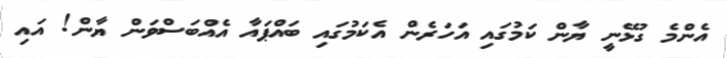
އެންމެ ގުޅޭނީ ޔާން ކަމުގައި އަހަރެން އެކަމުގައި ބައްޕައާ އެއްބަސްވަން ޔާން! އައި